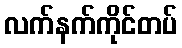
လက်နက်ကိုင်တပ်